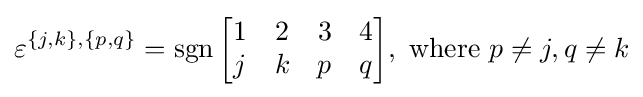
\varepsilon ^{\{j,k\},\{p,q\}}=\operatorname {sgn} {\begin{bmatrix}1&2&3&4\\j&k&p&q\end{bmatrix}},{\text{ where }}p\neq j,q\neq k